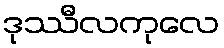
ဒုဿီလကုလေ